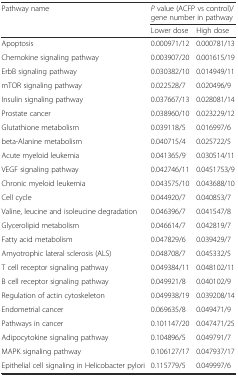
<table><thead><tr><td rowspan="2"><b>Pathway name</b></td><td colspan="2"><b><i>P</i> value (ACFP vs control)/gene number in pathway</b></td></tr><tr><td><b>Lower dose</b></td><td><b>High dose</b></td></tr></thead><tbody><tr><td>Apoptosis</td><td>0.000971/12</td><td>0.000781/13</td></tr><tr><td>Chemokine signaling pathway</td><td>0.003907/20</td><td>0.001615/19</td></tr><tr><td>ErbB signaling pathway</td><td>0.030382/10</td><td>0.014949/11</td></tr><tr><td>mTOR signaling pathway</td><td>0.022528/7</td><td>0.020496/9</td></tr><tr><td>Insulin signaling pathway</td><td>0.037667/13</td><td>0.028081/14</td></tr><tr><td>Prostate cancer</td><td>0.038960/10</td><td>0.023229/12</td></tr><tr><td>Glutathione metabolism</td><td>0.039118/5</td><td>0.016997/6</td></tr><tr><td>beta-Alanine metabolism</td><td>0.040715/4</td><td>0.025722/5</td></tr><tr><td>Acute myeloid leukemia</td><td>0.041365/9</td><td>0.030514/11</td></tr><tr><td>VEGF signaling pathway</td><td>0.042746/11</td><td>0.0451753/9</td></tr><tr><td>Chronic myeloid leukemia</td><td>0.043575/10</td><td>0.043688/10</td></tr><tr><td>Cell cycle</td><td>0.044920/7</td><td>0.040853/7</td></tr><tr><td>Valine, leucine and isoleucine degradation</td><td>0.046396/7</td><td>0.041547/8</td></tr><tr><td>Glycerolipid metabolism</td><td>0.046614/7</td><td>0.042819/7</td></tr><tr><td>Fatty acid metabolism</td><td>0.047829/6</td><td>0.039429/7</td></tr><tr><td>Amyotrophic lateral sclerosis (ALS)</td><td>0.048708/7</td><td>0.045332/5</td></tr><tr><td>T cell receptor signaling pathway</td><td>0.049384/11</td><td>0.048102/11</td></tr><tr><td>B cell receptor signaling pathway</td><td>0.049921/8</td><td>0.040102/9</td></tr><tr><td>Regulation of actin cytoskeleton</td><td>0.049938/19</td><td>0.039208/14</td></tr><tr><td>Endometrial cancer</td><td>0.069635/8</td><td>0.049471/9</td></tr><tr><td>Pathways in cancer</td><td>0.101147/20</td><td>0.047471/25</td></tr><tr><td>Adipocytokine signaling pathway</td><td>0.104896/5</td><td>0.049791/7</td></tr><tr><td>MAPK signaling pathway</td><td>0.106127/17</td><td>0.047937/17</td></tr><tr><td>Epithelial cell signaling in Helicobacter pylori</td><td>0.115779/5</td><td>0.049997/6</td></tr></tbody></table>